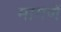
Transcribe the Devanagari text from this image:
मागणें